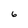
Character: 6